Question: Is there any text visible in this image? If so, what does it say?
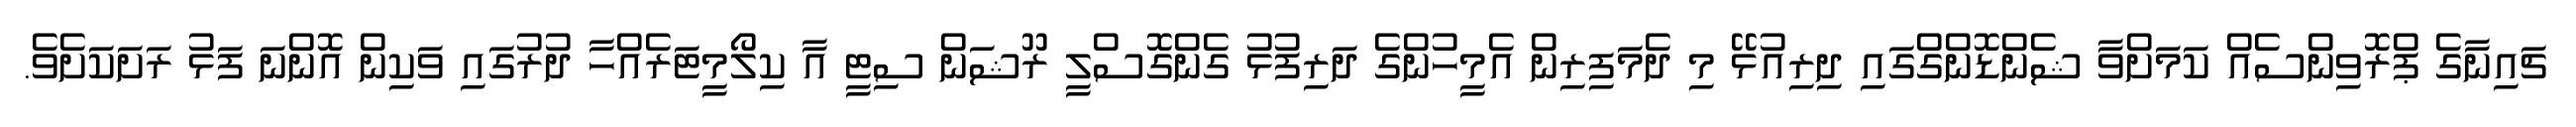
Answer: ޗައިނާގެ ޕްރޮވިންސެއް ކަމަށްވާ ޝެންޑޮންގްގައި ދިރިއުޅޭ މި ދެމަފިރިން އެމީހުންގެ ދަރިފުޅު ގެންގޮސްލީ ރޫޝަން ސިޓީ އާ ކިލޯމީޓަރެއްހާ ދުރުގައި ވަކިން އޮންނަ ފަޅު ރަށަކަށެވެ.